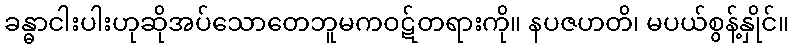
ခန္ဓာငါးပါးဟုဆိုအပ်သောတေဘူမကဝဋ်တရားကို။ နပဇဟတိ၊ မပယ်စွန့်နှိုင်။